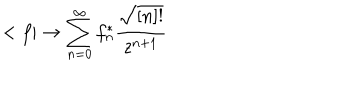
LaTeX: < f | \rightarrow \sum _ { n = 0 } ^ { \infty } f _ { n } ^ { * } \frac { \sqrt { [ n ] ! } } { z ^ { n + 1 } }